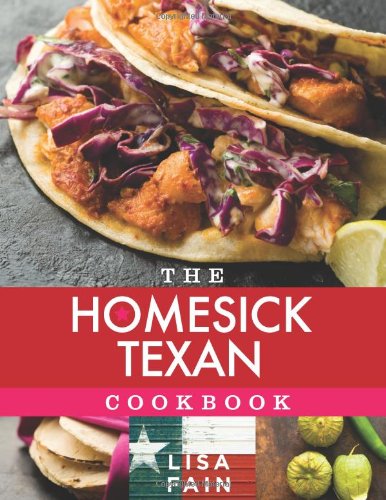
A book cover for The Homesick Texan Cookbook; Lisa Fain; Cookbooks, Food & Wine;